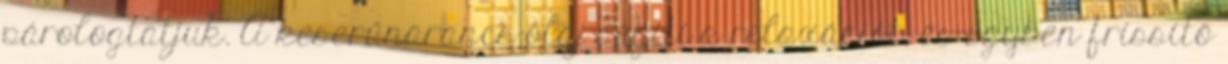
párologtatjuk. A keserűnarancs-olaj segíti a relaxációt, és egyben frissítő